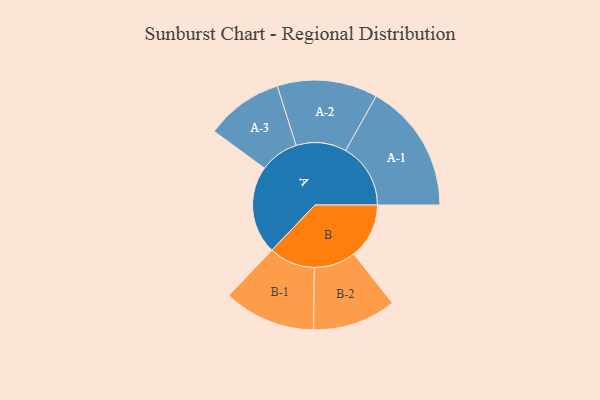
{"axis": {"x": "Segment", "y": "Value"}, "legend": ["", "A", "B"], "data": [{"x": "A", "y": 364, "type": ""}, {"x": "B", "y": 228, "type": ""}, {"x": "A-1", "y": 268, "type": "A"}, {"x": "A-2", "y": 207, "type": "A"}, {"x": "A-3", "y": 160, "type": "A"}, {"x": "B-1", "y": 190, "type": "B"}, {"x": "B-2", "y": 172, "type": "B"}]}